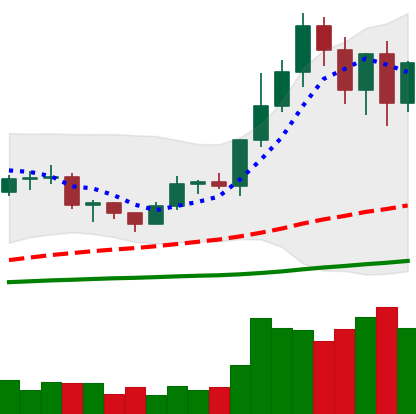
Ticker: LTC-USD
Chart end date: 2020-12-24
Forward return: 15.664%
Label: up_7plus